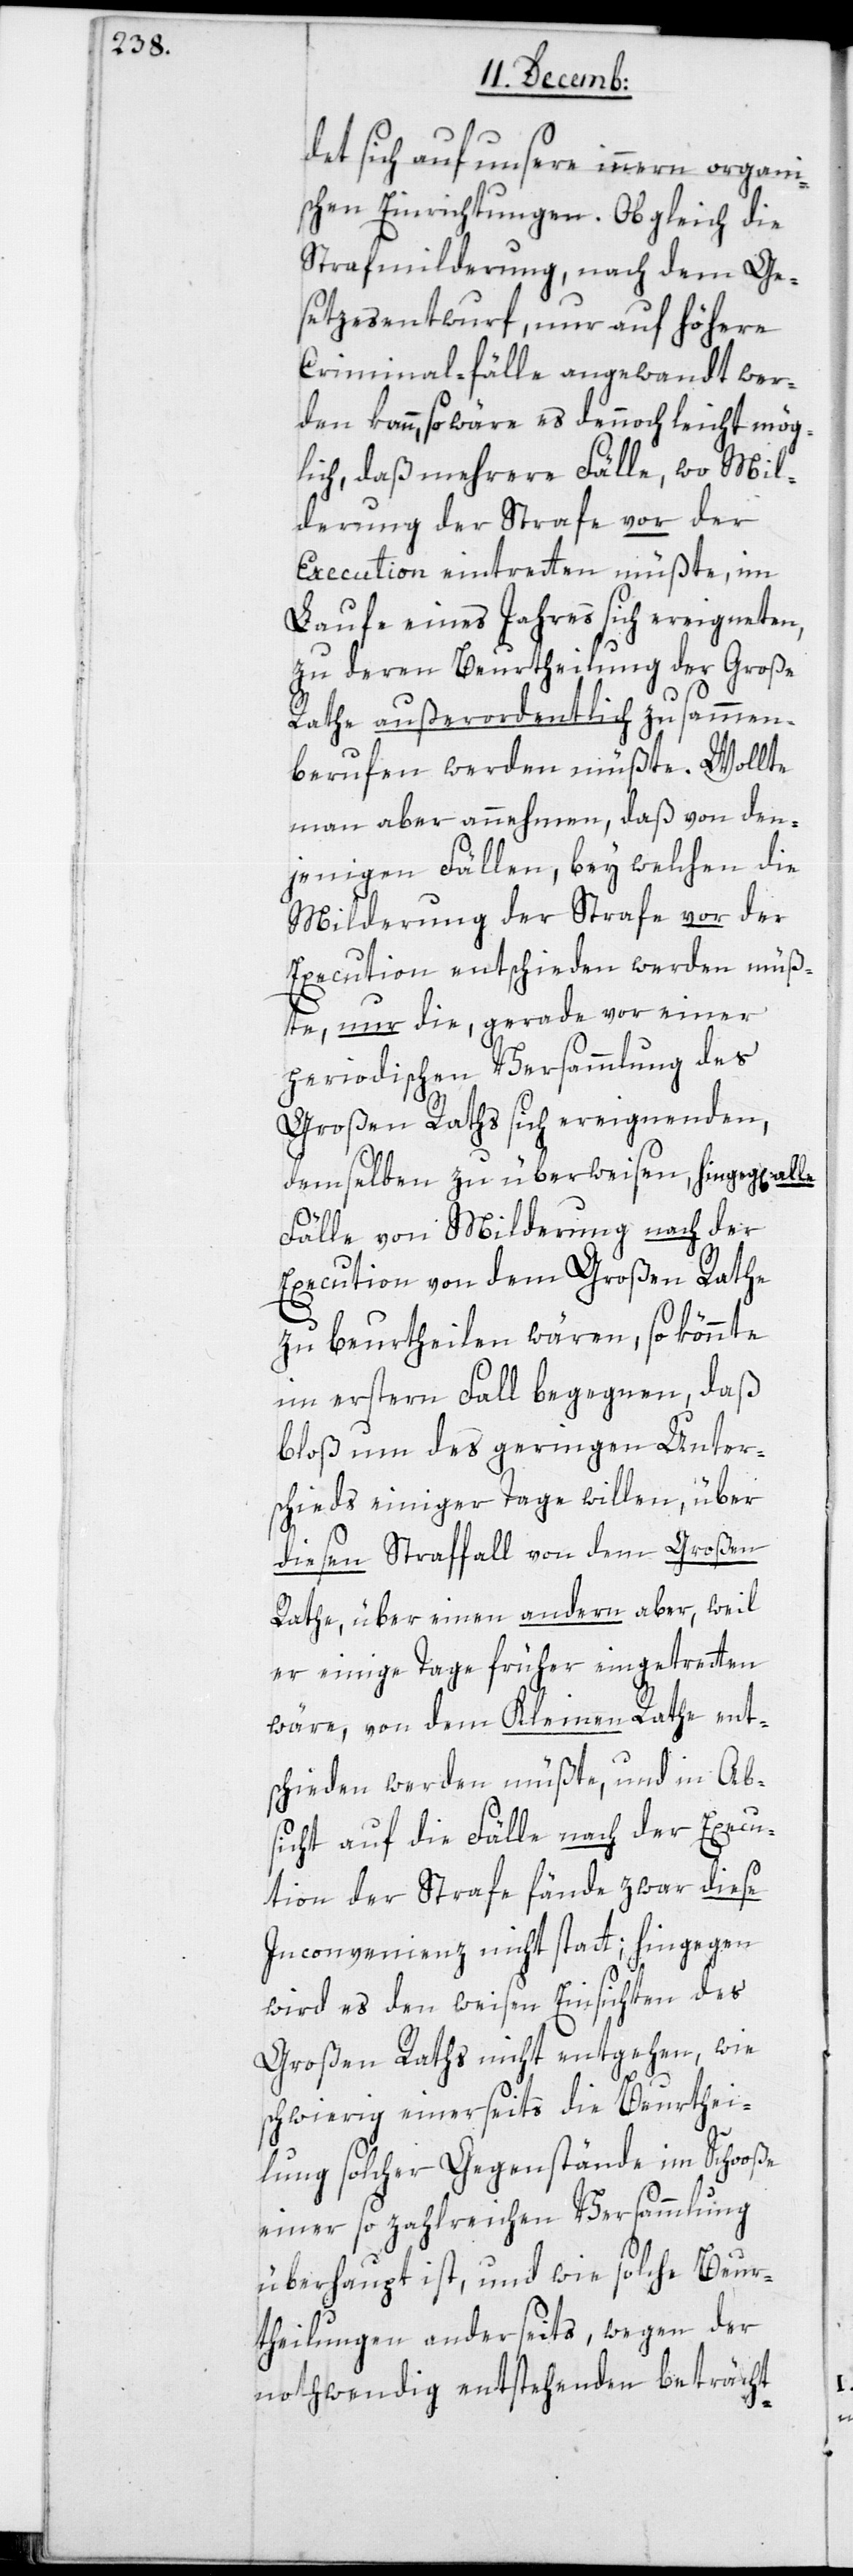
det sich auf unsere innern organi¬
schen Einrichtungen. Obgleich die
Strafmilderung, nach dem Ge¬
setzesentwurf, nur auf höhere
Criminal-fälle angewandt wer¬
den kann, so wäre es dennoch leicht mög¬
lich, daß mehrere Fälle, wo Mil¬
derung der Strafe vor der
Execution eintreten müßte, im
Laufe eines Jahres sich ereigneten,
zu deren Beurtheilung der Große
Rathe außerordentlich zusammen¬
berufen werden müßte. Wollte
man aber annehmen, daß von den¬
jenigen Fällen, bey welchen die
Milderung der Strafe vor der
Execution entschieden werden müß¬
te, nur die, gerade vor einer
periodischen Versammlung des
Großen Raths sich ereignenden,
demselben zu überweisen hingeg[en]
Fälle von Milderung nach der
Execution von dem Großen Rathe
zu beurtheilen wären, so könnte
im erstern Fall begegnen, daß
bloß um des geringen Unter¬
schieds einiger Tage willen, über
diesen Straffall von dem Großen
Rate, über einen andern aber, weil
er einige Tage früher eingetreten
wäre, von dem Kleinen Rathe ent¬
schieden werden müßte, und in Ab¬
sicht auf die Fälle nach der Execu¬
tion der Strafe fände zwar diese
Inconvenienz nicht statt; hingegen
wird es den weisen Einsichten des
Großen Raths nicht entgehen, wie
schwierig einerseits die Beurthei¬
lung solcher Gegenstände im Schooße
einer so zahlreichen Versammlung
überhaupt ist, und wie solche Beur¬
theilungen anderseits, wegen der
nothwendig entstehenden beträcht-